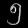
Digit: ၅